Lunatic asylums Central Provinces reports 1910-1926 - 1910-1926
Year: 1910
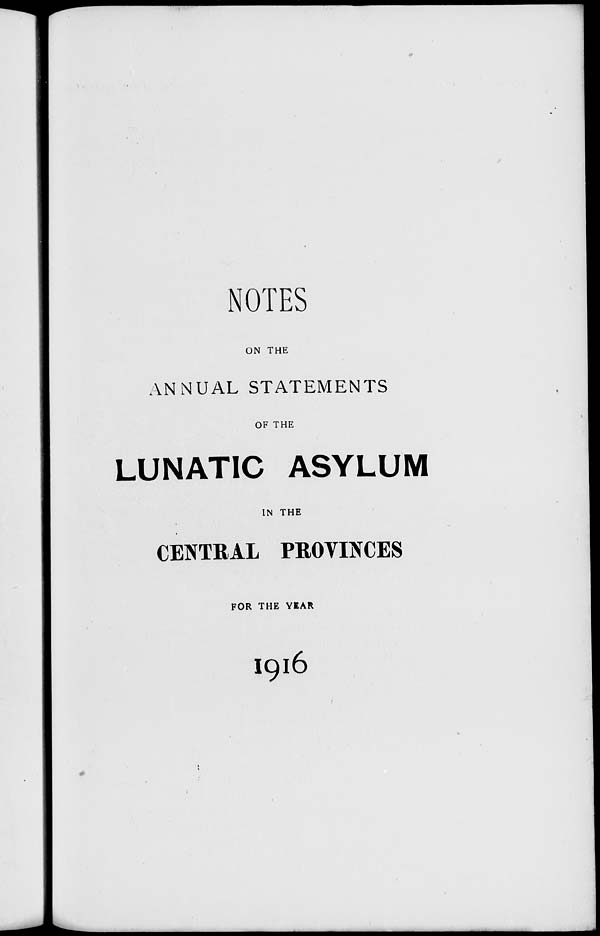
NOTES
ON THE
ANNUAL STATEMENTS
OF THE
LUNATIC ASYLUM
IN THE
CENTRAL PROVINCES
FOR THE YEAR
1916